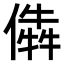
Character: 𠎔